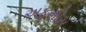
અફસોસ